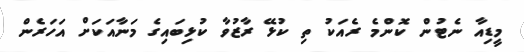
މީޑިއާ ނެޓުން ކޮންމެ ރެއަކު ތި ކުޅޭ ރާޒުވާ ކުޅިބައިގެ މަނާއަކަށް އަހަރެން